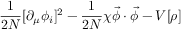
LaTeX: \frac { 1 } { 2 N } [ \partial _ { \mu } \phi _ { i } ] ^ { 2 } - \frac { 1 } { 2 N } \chi { \vec { \phi } \cdot \vec { \phi } } - V [ { \rho } ]